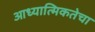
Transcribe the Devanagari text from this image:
आध्यात्मिकतेचा